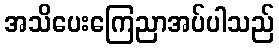
အသိပေးကြေညာအပ်ပါသည်